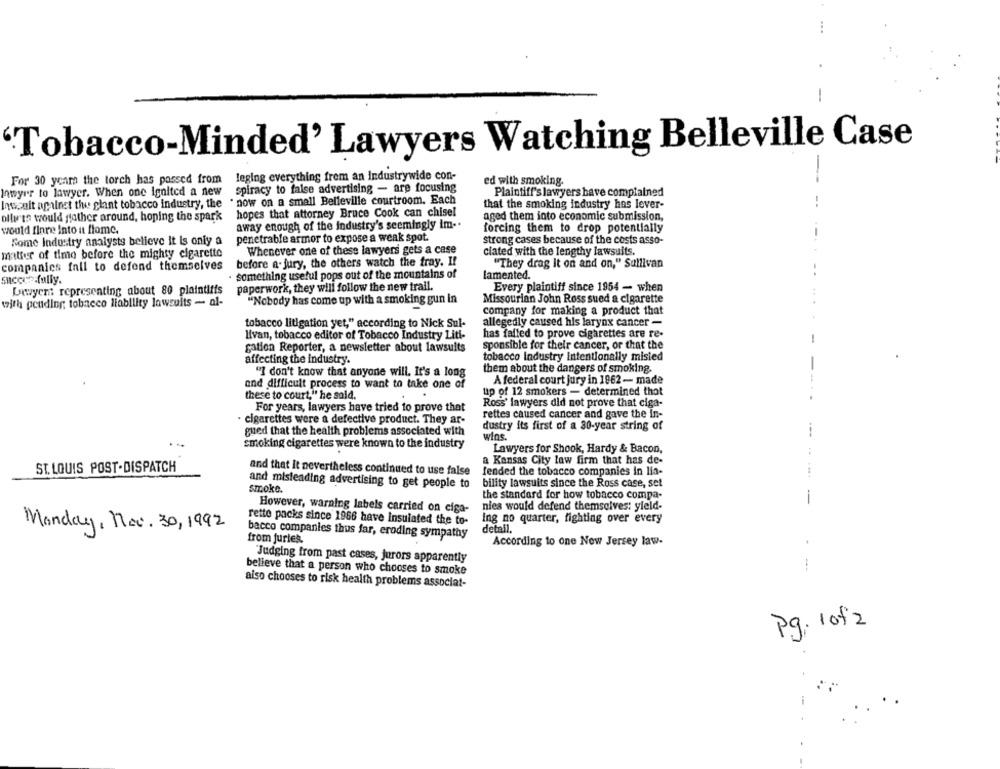
-
'Tobacco-Minded' Lawyers Watching Belleville Case
For 30 years the torch has passed from leging everything frem an industrywide con-
ed with smoking.
--
Inmyrr to lawyer. When one ignited a new
spiracy to false advertising - are focusing
Plaintiff's lawyers have complained
now on a small Belleville courtroom. Each
Inwaait against the plant tobacco industry, the
that the smoking industry has lever-
--
hopes that attorney Bruce Cook can chisel
olli'ts would father around, hoping the spark
aged them into economic submission,
would finre Into at flome.
away enough of the industry's seemingly im ..
forcing them to drop potentially
penetrable armor to expose a weak spot.
Rome industry analysts believe it is only a
strong cases because of the costs asso-
matter of time before the mighty cigarette
Whenever one of these lawyers gets a case
ciated with the lengthy lawsuits.
companies fall to defend themselves
before a. jury, the others watch the tray. I!
"They drag It on and on," Sullivan
something useful pops out of the mountains of
lamented.
succes fully.
Lawyer representing about 80 plaintiffs
paperwork, they will follow the new trail.
Every plaintiff since 1954 - when
"Nobody has come up with a smoking gun in
Missourian John Ross sued a cigarette
with pending tobacco liability lawsuits - al-
company for making a product that
tobacco litigation yet," according to Nick Sul-
allegedly caused his larynx cancer -
livan, tobacco editor of Tobacco Industry Liti-
has failed to prove cigarettes are re-
sponsible for their cancer, or that the
-
gation Reporter, a newsletter about lawsuits
affecting the industry.
tobacco Industry intentionally misied
them about the dangers of smoking.
"I don't know that anyone will. It's a long
and difficult process to want to take one of
A federal court jury in 1962 - made
up of 12 smokers - determined that
these to court," he said.
For years, lawyers have tried to prove that
Ross' lawyers did not prove that ciga-
rettes caused cancer and gave the in-
cigarettes were a defective product. They ar-
dustry its first of a 30-year string of
gued that the health problems associated with
wins.
smoking cigarettes were known to the industry
Lawyers for Shook, Hardy & Bacon,
a Kansas City law firm that has de-
ST. LOUIS POST.DISPATCH
and that It nevertheless continued to use false
fended the tobacco companies in lia-
and misleading advertising to get people to
bility lawsuits since the Ross case, set
smoke.
the standard for how tobacco compa-
-
However, warning labels carried on ciga-
nies would defend themselves: yield-
rette packs since 1966 have insulated the to-
ing no quarter, fighting over every
Monday, Now. 30, 1992
detail.
bacco companies thus far, eroding sympathy
from juries.
According to one New Jersey law-
"Judging from past cases, jurors apparently
believe that a person who chooses to smoke
also chooses to risk health problems associat-
P.g. 1 of2